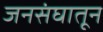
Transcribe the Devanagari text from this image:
जनसंघातून